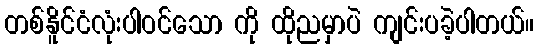
တစ်နိူင်ငံလုံးပါဝင်သော ကို ထိုညမှာပဲ ကျင်းပခဲ့ပါတယ်။